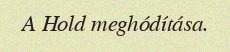
A Hold meghódítása.